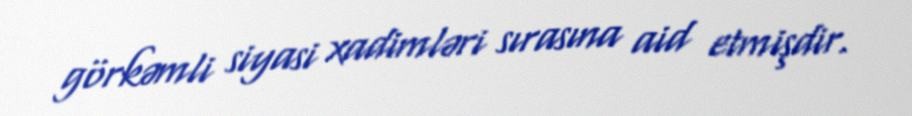
görkəmli siyasi xadimləri sırasına aid etmişdir.